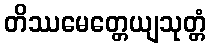
တိဿမေတ္တေယျသုတ္တံ